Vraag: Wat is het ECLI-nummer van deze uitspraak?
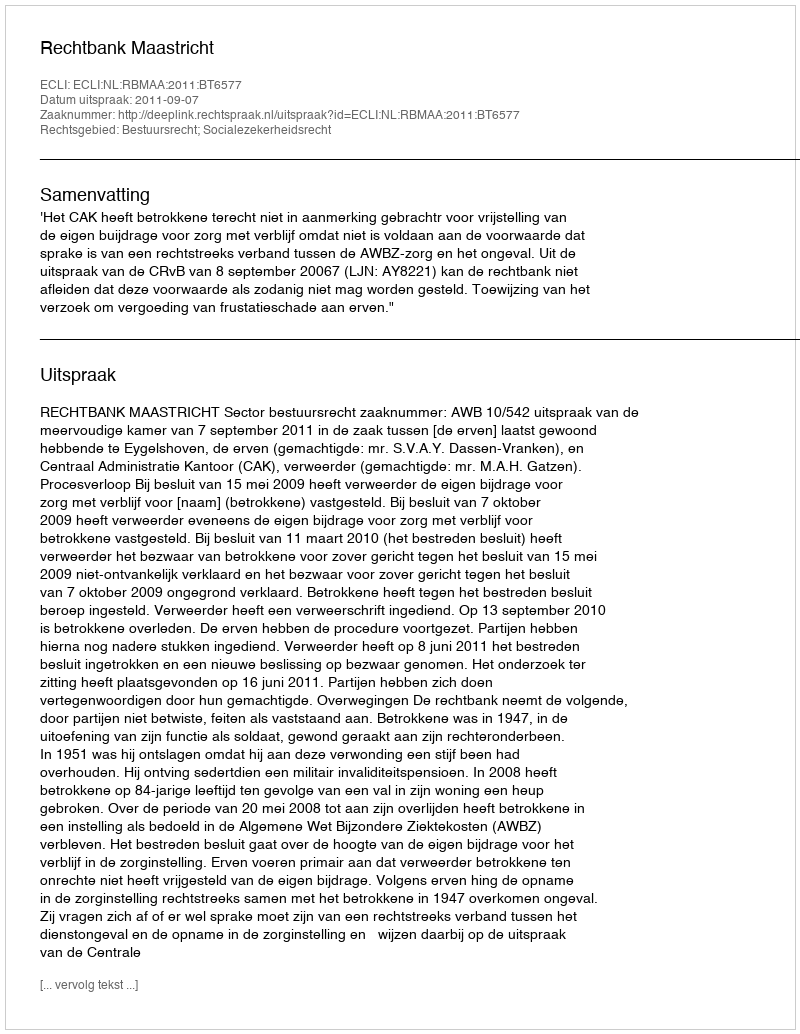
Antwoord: ECLI:NL:RBMAA:2011:BT6577